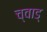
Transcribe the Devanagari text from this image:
च्वाड्